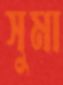
সুমা